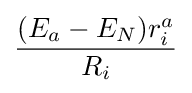
{\frac {(E_{a}-E_{N})r_{i}^{a}}{R_{i}}}